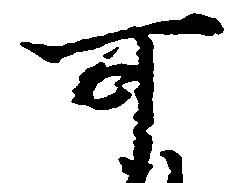
可